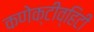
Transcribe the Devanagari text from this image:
कणेक्टीव्हिटी